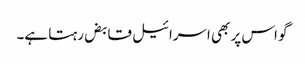
گو اس پر بھی اسرائیل قابض رہتا ہے۔